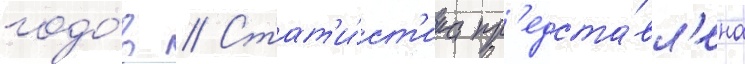
годо́в // Стат'и́ст'ика пр'едста́вл'ена